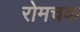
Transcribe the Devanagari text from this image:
रोमचक